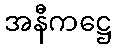
အနီကဋ္ဌေ